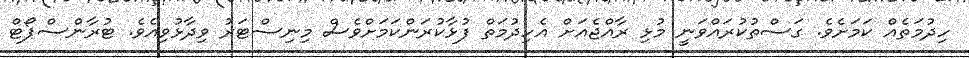
ހިދުމަތެއް ކަމަށެވެ. ގަސްތުކުރައްވަނީ މުޅި ރާއްޖެއަށް އެހިދުމަތް ފުޅާކުރަންކަމަށްވެސް މިނިސްޓަރު ވިދާޅުވިއެވެ. ޓުރާންސްޕޯޓް